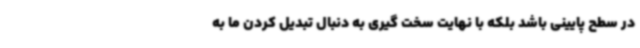
در سطح پایینی باشد بلکه با نهایت سخت گیری به دنبال تبدیل کردن ما به